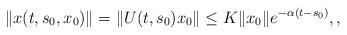
LaTeX: \begin{align*}\|x(t,s_0,x_0)\|=\|U(t,s_0)x_0\|\leq K\|x_0\|e^{-\alpha(t-s_0)}, ,\end{align*}